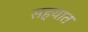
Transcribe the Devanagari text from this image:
सहयात